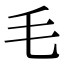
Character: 毛